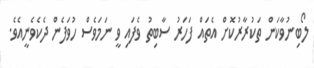
ލޯބިނުވާކަން ތަކުރާރުކޮށް އެތައް ފަހަރު ސާބިތު ވެފައި ވީ ނަމަވެސް ހުވަފެން ދެކެވެނީއެވެ.